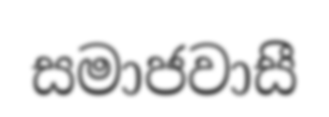
සමාජවාසී